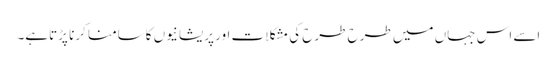
اسے اس جہاں میں طرح طرح کی مشکلات اور پریشانیوں کاسامنا کرنا پڑتاہے۔